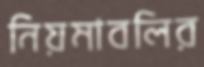
নিয়মাবলির